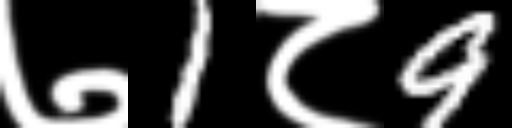
Text: ७1८9